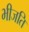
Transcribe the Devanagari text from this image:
भीजति